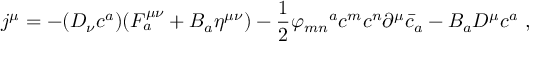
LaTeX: j ^ { \mu } = - ( D _ { \nu } c ^ { a } ) ( F _ { a } ^ { \mu \nu } + B _ { a } \eta ^ { \mu \nu } ) - \frac { 1 } { 2 } { \varphi _ { m n } } ^ { a } c ^ { m } c ^ { n } \partial ^ { \mu } { \bar { c } } _ { a } - B _ { a } D ^ { \mu } c ^ { a } ~ ,